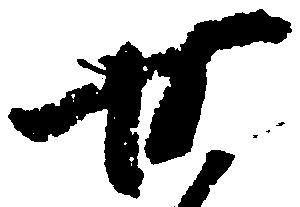
せ